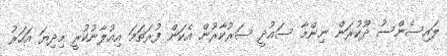
ލައިސެންސު ދޫކުރަން ނިންމާ ސައުދީ ސަރުކާރުން އެކަން ފުރަތަމަ އިއުލާނުކުރީ މިދިޔަ އަހަރު